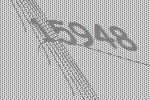
15948